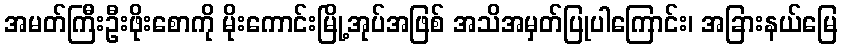
အမတ်ကြီးဦးဖိုးစောကို မိုးကောင်းမြို့အုပ်အဖြစ် အသိအမှတ်ပြုပါကြောင်း၊ အခြားနယ်မြေ